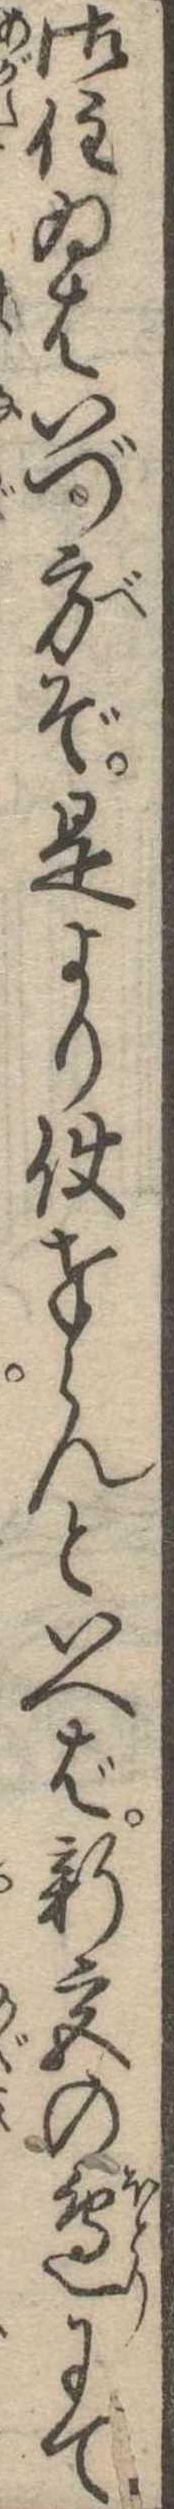
御住ゐはいづ方ぞ是より使奉らんといへば新宮の辺にて